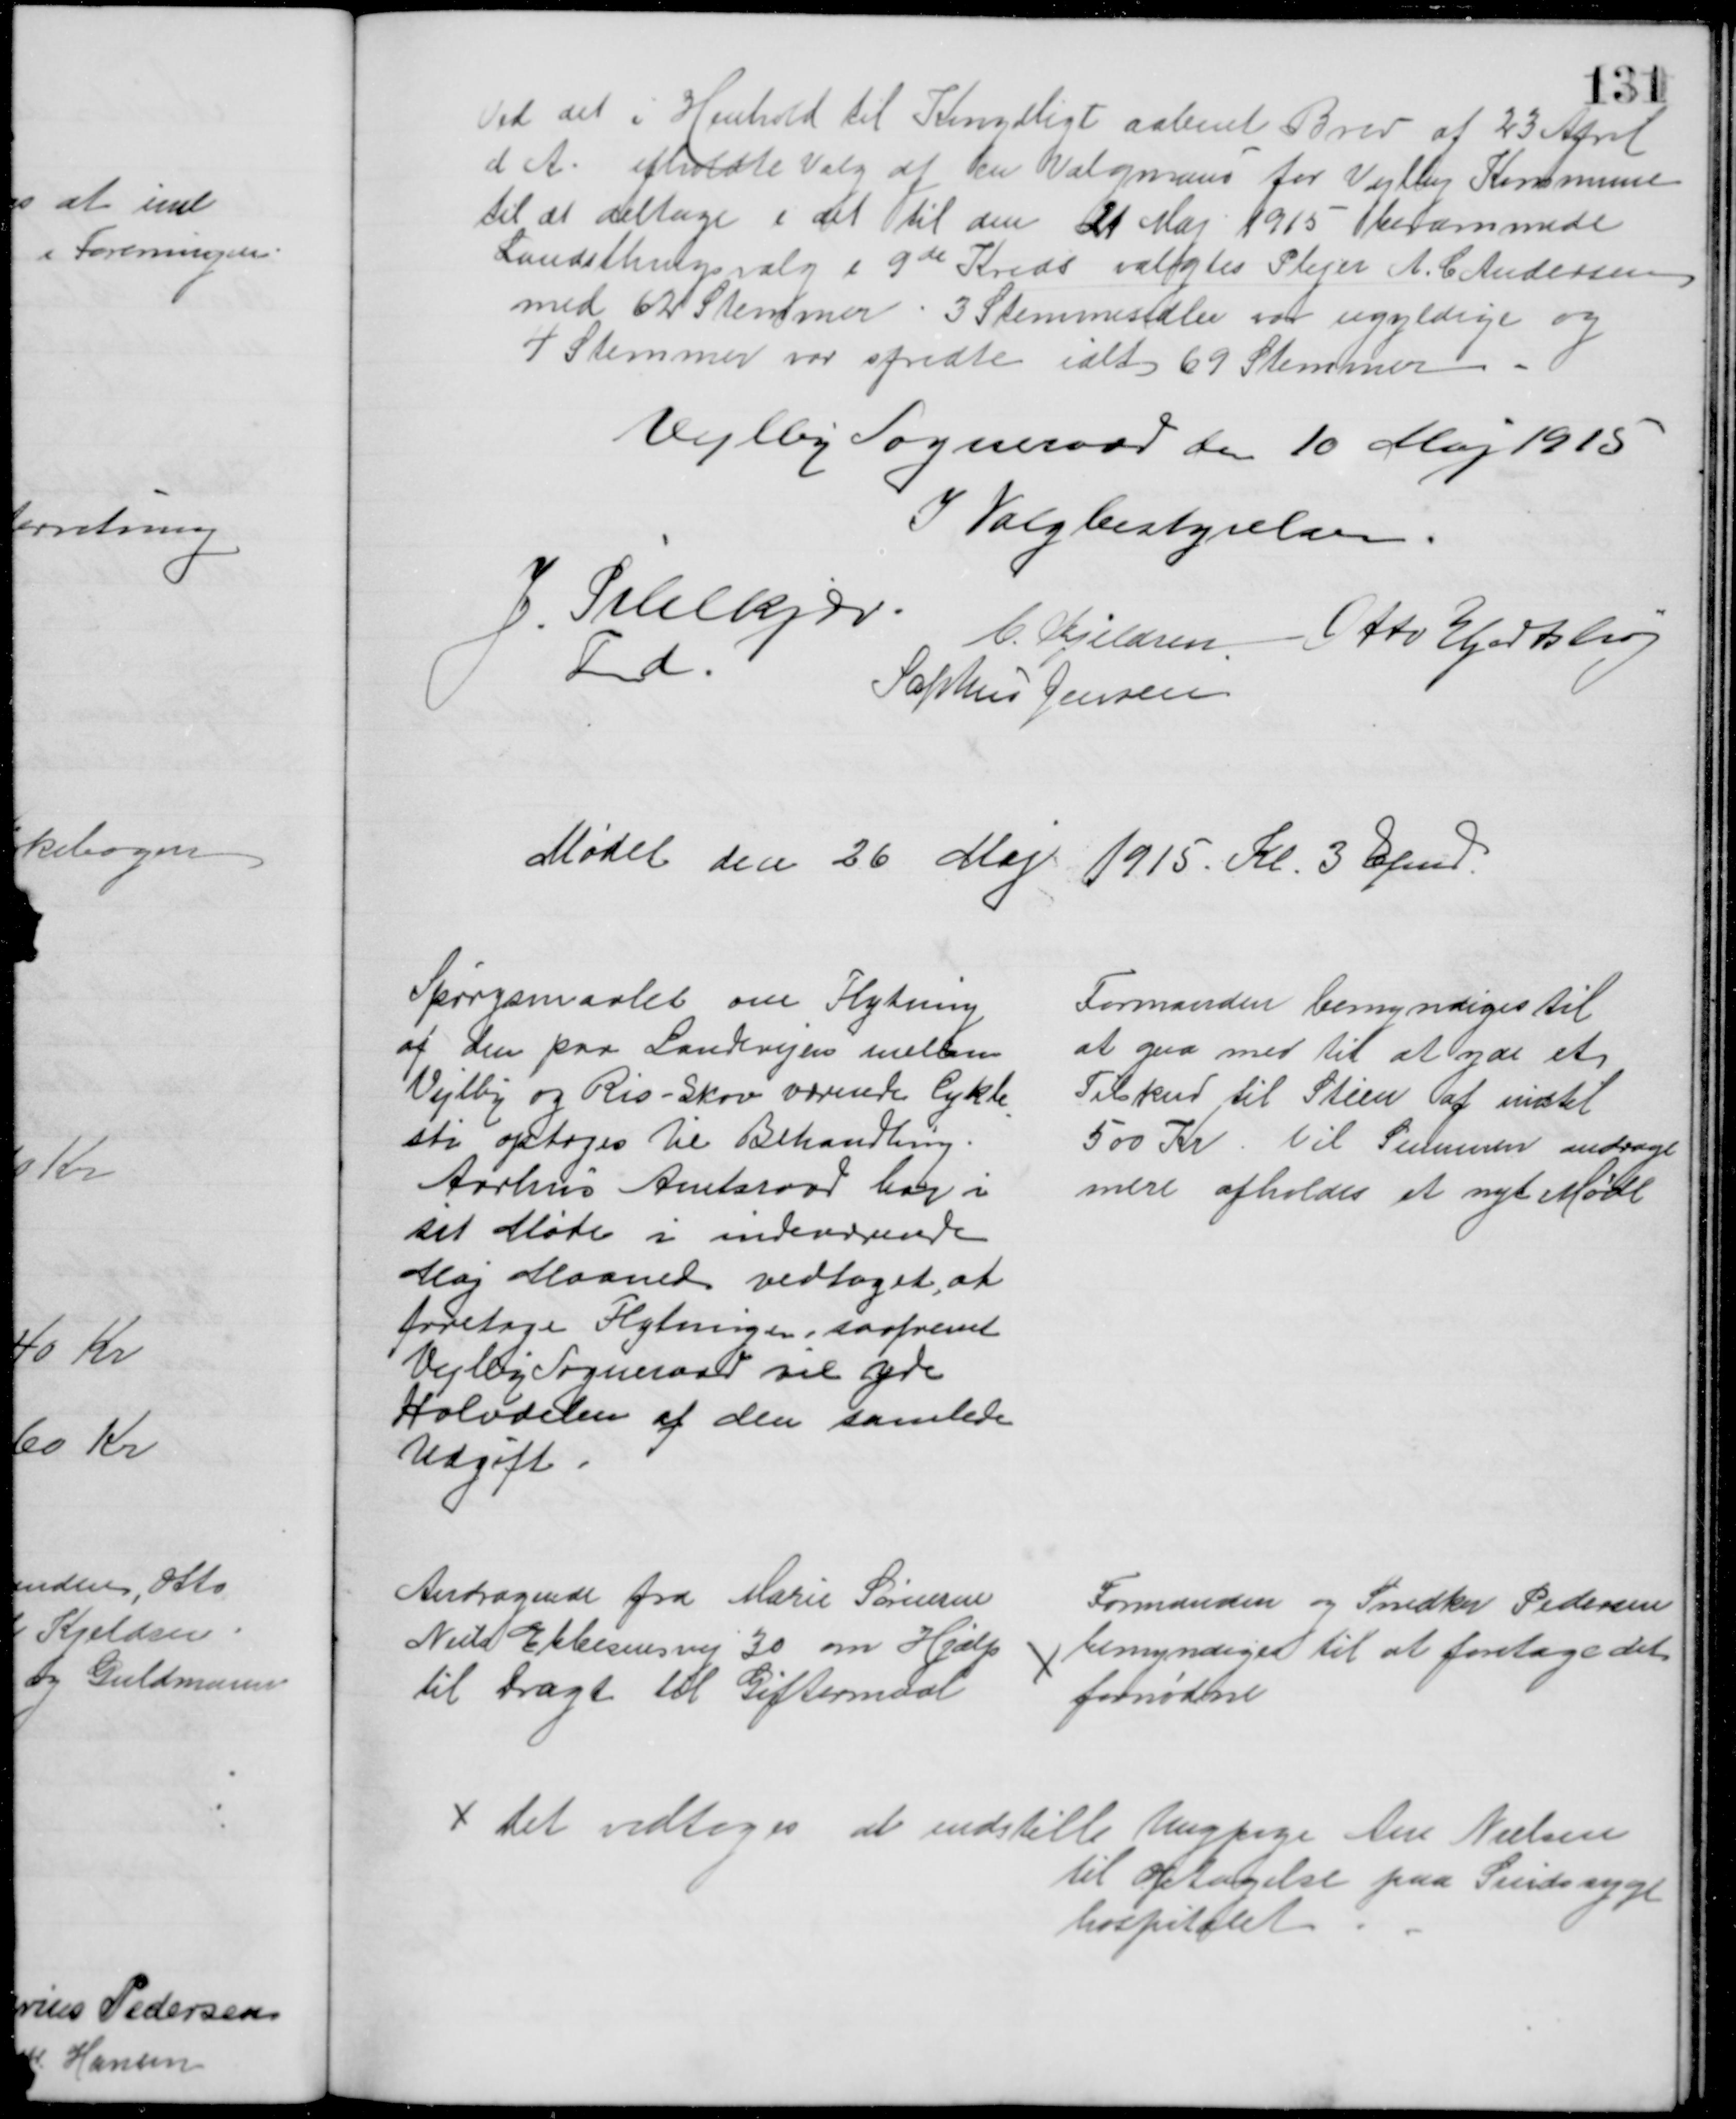
Transskription:
Ved det i Henhold til Kongeligt aabent Brev af 23 April
d A. afholdte Valg af en Valgmand for Vejlby Kommune
til at deltage i det til den 21 Maj 1915 berammede
Landsthingsvalg i 9de Kreds valgtes Plejer A. C Andersen
med 62 Stemmer. 3 Stemmesedler var ugyldige og 
4 Stemmer var spredte ialt 69 Stemmer 
Vejlby Sogneraad den 10 Maj 1915
I Valgbestyrelsen.
J. Pihlkjær.
Fmd.
C. Kjeldsen Otto Hjortshøj
Sophus Jensen
Mødet den 26 Maj 1915. Kl. 3 Efmd.
Spørgsmaalet om Flytning
af den paa Landevejen mellem
Vejlby og Ris-Skov værende Cykle
-
sti optoges til Behandling.
Aarhus Amtsraad har i
sit Møde i indeværende
Maj Maaned vedtaget, at
foretage Flytningen, saafremt
Vejlby Sogneraad vil yde
Halvdelen af den samlede
Udgift
Formanden bemyndiges til 
at gaa med til at yde et
Tilskud til Stien af indtil
500 Kr. Vil Summen andrage
mere afholdes et nyt Møde
Andragende fra Marie Sørensen
Niels Ebbesensvej 30 om Hjælp
til Dragt til Giftermaal
Formanden og Snedker Pedersen
bemyndiget til at foretage det
fornødne
Det vedtoges at indstille Ungpige Ane Nielsen
til Optagelse paa Sindssyge
hospitalet